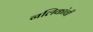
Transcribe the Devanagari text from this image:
नलिकांची